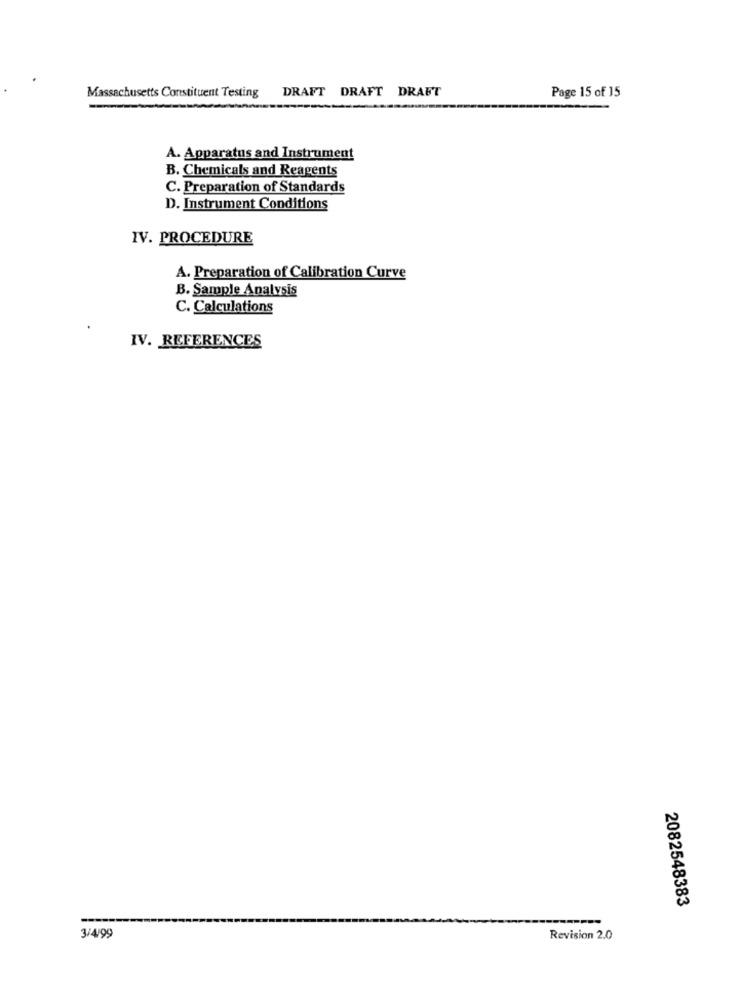
DRAFT DRAFT DRAFT
Massachusetts Constituent Testing
Page 15 of 15
A. Apparatus and Instrument
B. Chemicals and Reagents
C. Preparation of Standards
D. Instrument Conditions
IV. PROCEDURE
A. Preparation of Calibration Curve
B. Sample Analysis
C. Calculations
IV. REFERENCES
2082548383
--
3/4/99
Revision 2.0